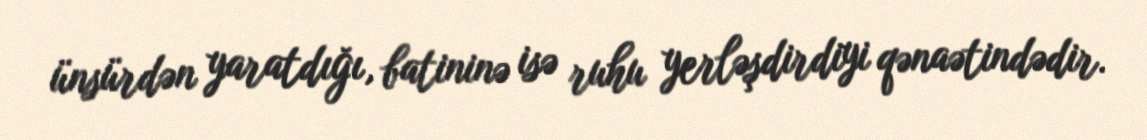
ünsürdən yaratdığı, batininə isə ruhu yerləşdirdiyi qənaətindədir.